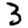
Digit: 3